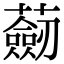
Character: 𧂆